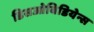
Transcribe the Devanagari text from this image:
डिसओबिडियेन्स